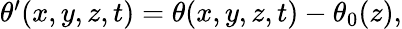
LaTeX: \begin{array}{r}{\theta^{\prime}(x,y,z,t)=\theta(x,y,z,t)-\theta_{0}(z),}\end{array}